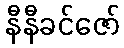
နီနီခင်ဇော်